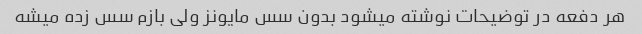
هر دفعه در توضیحات نوشته میشود بدون سس مایونز ولی بازم سس زده میشه